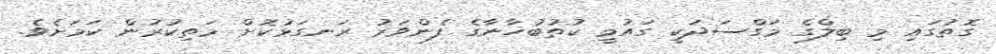
ގޮތުގައި މި ބިލްގެ މަގްސަދަކީ ގައުމީ ކުތުބުޚާނާގެ ފެންވަރު ރަނގަޅުކޮށް މަތިކުރުން ކަމަށެވެ.